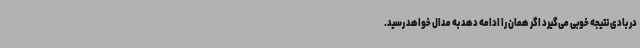
در بادی نتیجه خوبی می‌گیرد اگر همان را ادامه دهد به مدال خواهد رسید.